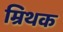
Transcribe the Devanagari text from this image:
म्रिथक